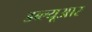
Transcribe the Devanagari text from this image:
डब्‍ल्‍यूआर